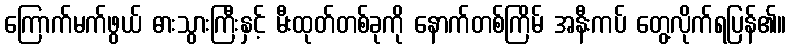
ကြောက်မက်ဖွယ် ဓားသွားကြီးနှင့် မီးထုတ်တစ်ခုကို နောက်တစ်ကြိမ် အနီးကပ် တွေ့လိုက်ရပြန်၏။